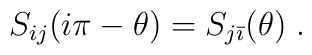
S_{ij}(i\pi -\theta )=S_{j\bar{\imath}}(\theta )\;.